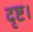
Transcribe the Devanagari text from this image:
दृष्ट।